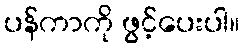
ပန်ကာကို ဖွင့်ပေးပါ။